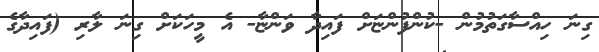
ގިނަ ހިއްސާގަތުމުން -ކުންފުންޏަށް ފައިދާ ވަންޏާ- އެ މީހަކަށް ގިނަ ލާރި (ފައިދާގެ